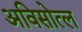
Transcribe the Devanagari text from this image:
अविसोत्ल